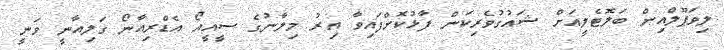
ލިވަޕޫލްއިން ބަލޮޓެލީއަށް ޝައުގުވެރިކަން ފާޅުކޮށްފައިވާ އިރު މިލާނުގެ ސީއީއޯ އެޑްރިއާނޯ ގަލިއާނީ ވަނީ